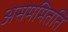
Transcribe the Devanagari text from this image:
असममितति